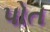
પોત